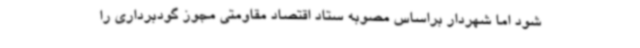
شود اما شهردار براساس مصوبه ستاد اقتصاد مقاومتی مجوز گودبرداری را